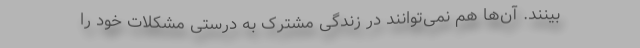
‌بینند. آن‌ها هم نمی‌توانند در زندگی مشترک به درستی مشکلات خود را